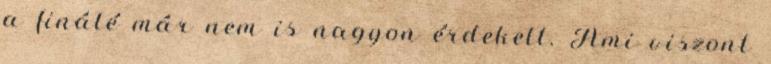
a finálé már nem is nagyon érdekelt. Ami viszont